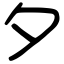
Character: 夕